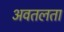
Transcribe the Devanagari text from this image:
अवतलता